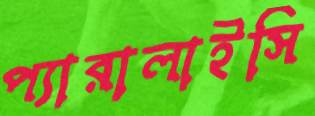
প্যারালাইসি